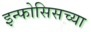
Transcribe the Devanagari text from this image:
इन्फोसिसच्या